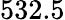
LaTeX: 532.5